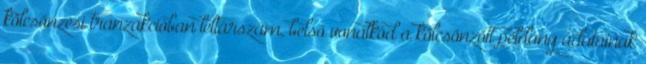
kölcsönzési tranzakcióban leltárszám, belső vonalkód a kölcsönzött példány adatainak